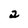
Character: 2